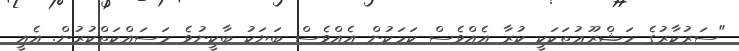
"ސަރުކާރުގެ މަޝްރޫޢުތަކަކީ ކުރާ އެއްވެސް ކަމަކުން އެއްވެސް ބަޔަކު ބާކީނުވެ މަސައްކަތްކުރުން. އެއީ